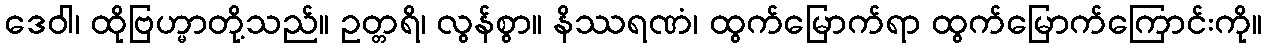
ဒေဝါ၊ ထိုဗြဟ္မာတို့သည်။ ဥတ္တရိ၊ လွန်စွာ။ နိဿရဏံ၊ ထွက်မြောက်ရာ ထွက်မြောက်ကြောင်းကို။